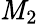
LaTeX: \mathit{M}_{2}